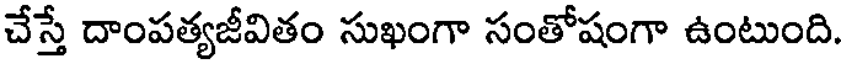
చేస్తే దాంపత్యజీవితం సుఖంగా సంతోషంగా ఉంటుంది.